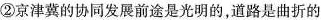
②京津冀的协同发展前途是光明的，道路是曲折的